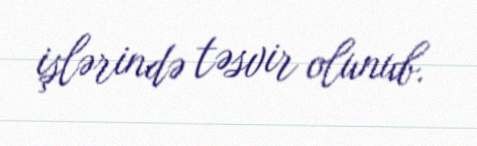
işlərində təsvir olunub.